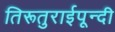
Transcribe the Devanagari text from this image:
तिरूतुराईपून्दी